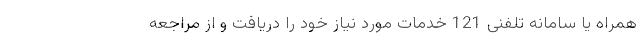
همراه یا سامانه تلفنی 121 خدمات مورد نیاز خود را دریافت و از مراجعه